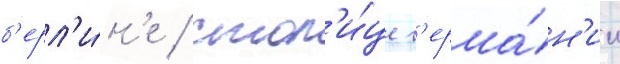
б'ерл'и́н'е / стол'и́це г'ерма́н'ии